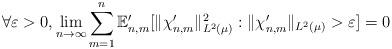
LaTeX: \begin{align*} \forall \varepsilon > 0, \lim_{n \to \infty} \sum_{m=1}^n \mathbb{E}_{n,m}' [ \|\chi_{n,m}' \|_{L^2(\mu)}^2 : \|\chi_{n,m}' \|_{L^2( \mu)} > \varepsilon ] = 0 \end{align*}